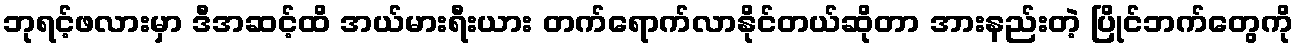
ဘုရင့်ဖလားမှာ ဒီအဆင့်ထိ အယ်မားရီးယား တက်ရောက်လာနိုင်တယ်ဆိုတာ အားနည်းတဲ့ ပြိုင်ဘက်တွေကို